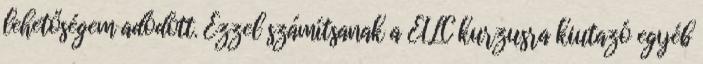
lehetőségem adódott. Ezzel számítsanak a EILC kurzusra kiutazó egyéb